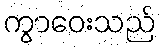
ကွာဝေးသည်